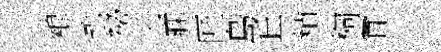
粮永祕盂寐匠島丘楨桐甞